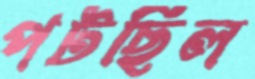
পটছিল